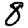
Digit: 8